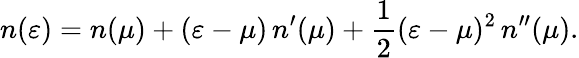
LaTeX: n(\varepsilon)=n(\mu)+(\varepsilon-\mu)\, n^{\prime}(\mu)+\frac{1}{2}(\varepsilon-\mu)^{2}\, n^{\prime\prime}(\mu).